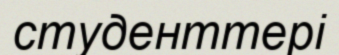
студенттері